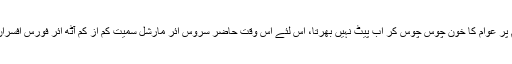
اس پر ستم ظریفی یہ ہے کہ دفاع کے نام پر عوام کا خون چوس چوس کر اب پیٹ نہیں بھرتا، اس لئے اس وقت حاضر سروس ائر مارشل سمیت کم از کم آٹھ ائر فورس افسران پی آئی اے کو صبح شام نچوڑ رہے ہیں۔